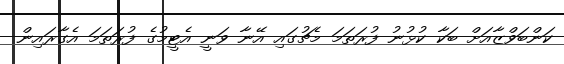
ކަންބަވްޒާއަށް ބަކާ ކުޅުނު ފުރަތަމަ މެޗުގައި އޭނާ ވަނީ އެޓީމުގެ ފުރަތަމަ އެގާރައިން